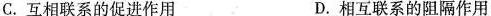
C.互相联系的促进作用 D.相互联系的阻隔作用